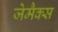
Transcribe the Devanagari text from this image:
जेमैक्स